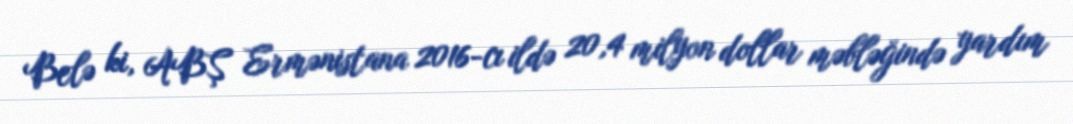
Belə ki, ABŞ Ermənistana 2016-cı ildə 20,4 milyon dollar məbləğində yardım